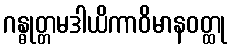
ဂန္ဓုတ္တမဒါယိကာဝိမာနဝတ္ထု